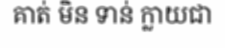
គាត់ មិន ទាន់ ក្លាយជា